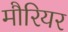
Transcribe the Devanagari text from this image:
मौरियर